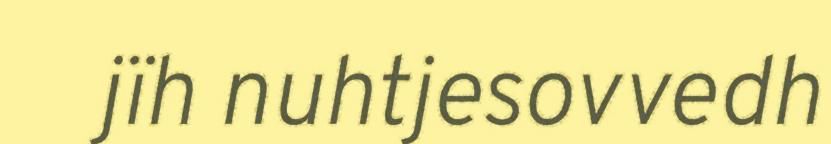
jïh nuhtjesovvedh